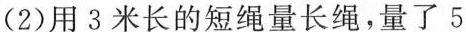
(2)用3米长的短绳量长绳，量了5